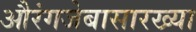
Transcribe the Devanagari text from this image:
औरंगजेबासारख्या